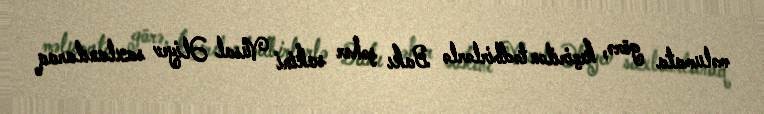
məlumata görə, keçirilən tədbirlərlə Bakı şəhər sakini Vüsal Əliyev saxlanılaraq